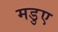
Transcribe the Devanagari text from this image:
मडुए